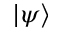
| \psi \rangle